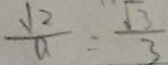
\frac { \sqrt { 2 } } { a } = \frac { \sqrt { 3 } } { 3 }